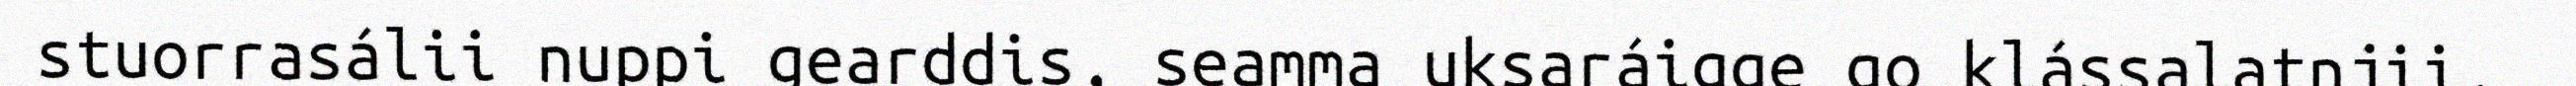
stuorrasálii nuppi gearddis, seamma uksaráigge go klássalatnjii.